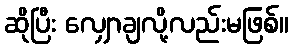
ဆိုပြီး လျှောချလို့လည်းမဖြစ်။